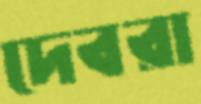
দেবরা